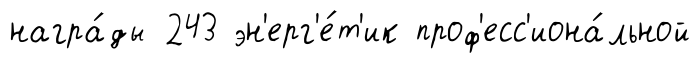
награ́ды 243 эн'ерг'е́т'ик проф'есс'иона́льной